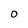
Character: O